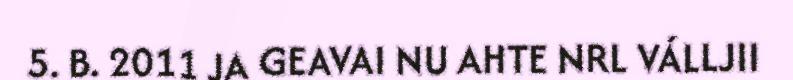
5. B. 2011 JA GEAVAI NU AHTE NRL VÁLLJII